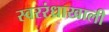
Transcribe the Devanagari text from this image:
स्वररंध्राखाली